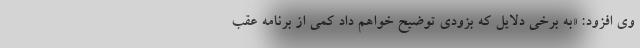
وی افزود: «به برخی دلایل که بزودی توضیح خواهم داد کمی از برنامه عقب